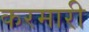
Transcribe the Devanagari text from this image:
करमारी